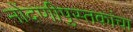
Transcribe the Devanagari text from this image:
नोंदणीपुस्तकांचा